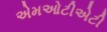
એમઓટીએટી